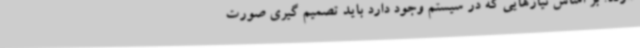
دارند. بر اساس نیازهایی که در سیستم وجود دارد باید تصمیم گیری صورت